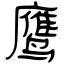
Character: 鹰